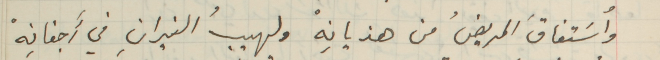
وأستفاقَ المريضُ من هذيانِهْ ولهيبُ النيرانِ في أَجفانِهْ